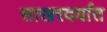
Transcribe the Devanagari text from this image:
साखरदर्यात